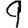
Digit: 9